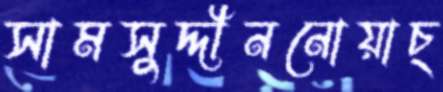
সামসুদ্দীননোয়াচ্